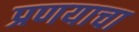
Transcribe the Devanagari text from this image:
प्रणयाचा